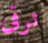
ترقى